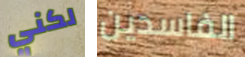
لكني الفاسدين